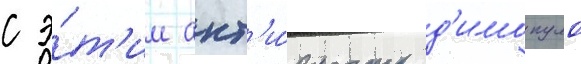
с э́т'им акт'и́вность д'имопуло